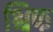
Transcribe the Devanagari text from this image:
श्चिफ